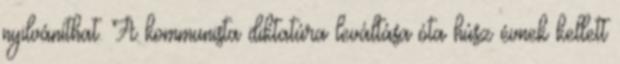
nyilváníthat. A kommunista diktatúra leváltása óta húsz évnek kellett